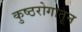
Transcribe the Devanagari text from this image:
कुष्ठरोगातून